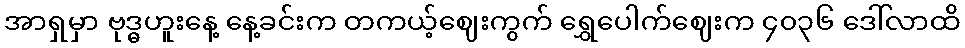
အာရှမှာ ဗုဒ္ဓဟူးနေ့ နေ့ခင်းက တကယ့်ဈေးကွက် ရွှေပေါက်ဈေးက ၄၀၃၆ ဒေါ်လာထိ